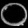
Digit: ၀